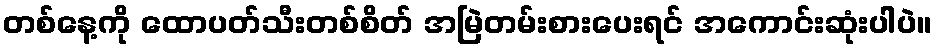
တစ်နေ့ကို ထောပတ်သီးတစ်စိတ် အမြဲတမ်းစားပေးရင် အကောင်းဆုံးပါပဲ။